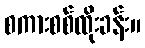
စကားစစ်ထိုးခန်း။